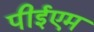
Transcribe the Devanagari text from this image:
पीईएम